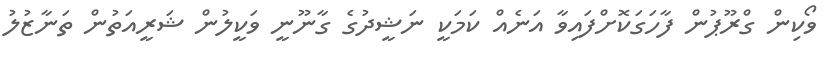
ވޯކިން ގްރޫޕުން ފާހަގަކޮށްފައިވާ އަނެއް ކަމަކީ ނަޝީދުގެ ގާނޫނީ ވަކީލުން ޝަރީއަތުން ތަނާޒުލު